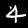
Label: 4